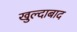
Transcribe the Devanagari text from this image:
खुल्‍दाबाद